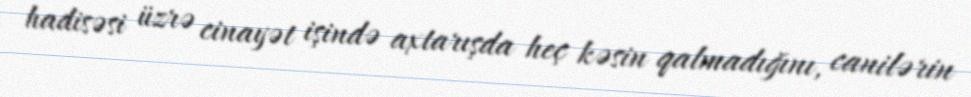
hadisəsi üzrə cinayət işində axtarışda heç kəsin qalmadığını, canilərin